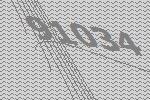
91034